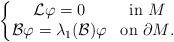
LaTeX: \begin{align*}\left\{\begin{matrix}\mathcal L\varphi= 0& \textrm{in $M$}\\\mathcal B\varphi=\lambda_1(\mathcal B)\varphi & \textrm{on $\partial M$.}\end{matrix}\right.\end{align*}